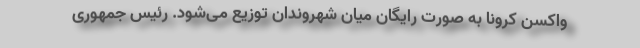
واکسن کرونا به صورت رایگان میان شهروندان توزیع می‌شود. رئیس جمهوری